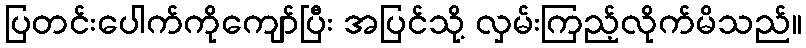
ပြတင်းပေါက်ကိုကျော်ပြီး အပြင်သို့ လှမ်းကြည့်လိုက်မိသည်။